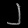
Digit: ၂